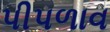
પીપળાવ